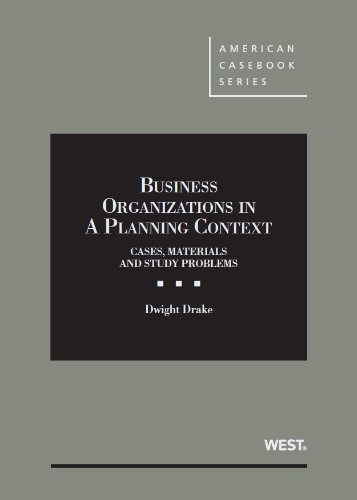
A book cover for Business Organizations in a Planning Context (American Casebook Series); Dwight Drake; Law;